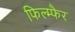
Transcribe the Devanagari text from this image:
फिल्म्फैर